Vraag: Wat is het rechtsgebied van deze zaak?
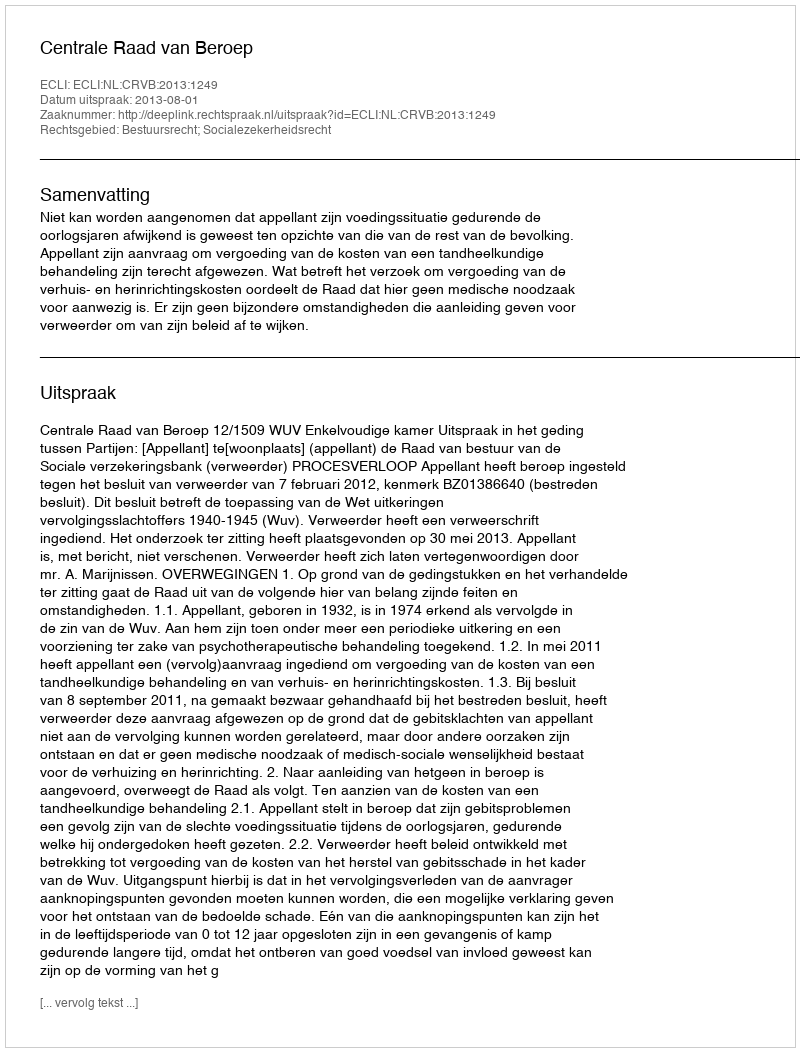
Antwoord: Bestuursrecht; Socialezekerheidsrecht